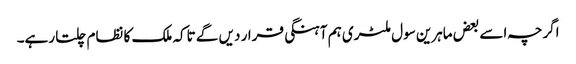
اگرچہ اسے بعض ماہرین سول ملٹری ہم آہنگی قرار دیں گے تاکہ ملک کا نظام چلتا رہے۔